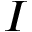
I